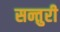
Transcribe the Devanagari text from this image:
सन्तुरी